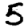
Digit: 5